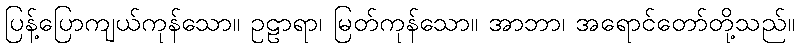
ပြန့်ပြောကျယ်ကုန်သော။ ဥဠာရာ၊ မြတ်ကုန်သော။ အာဘာ၊ အရောင်တော်တို့သည်။